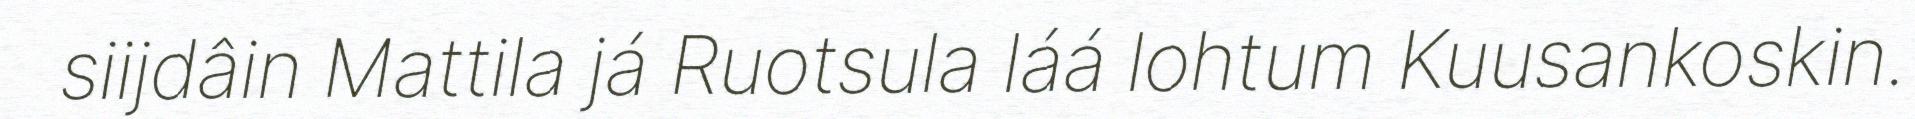
siijdâin Mattila já Ruotsula láá lohtum Kuusankoskin.